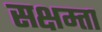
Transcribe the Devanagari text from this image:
सक्षम्ता